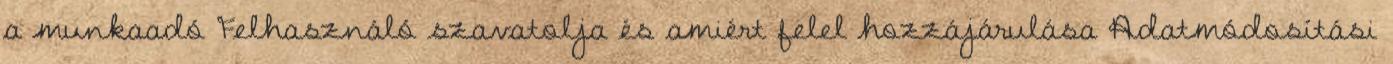
a munkaadó Felhasználó szavatolja és amiért felel hozzájárulása Adatmódosítási